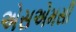
એસએમસી